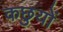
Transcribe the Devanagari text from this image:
कछुयों